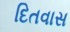
દિતવાસ